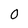
Character: O